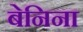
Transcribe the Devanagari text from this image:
बेनिना